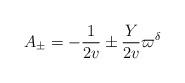
LaTeX: \begin{align*}A_{\pm} =-\frac{1}{2v}\pm \frac{Y}{2v}\varpi^{\delta} \end{align*}